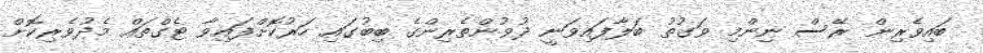
ބައިވެރިން ރޭސް ނިންމި ވަގުތު ބަލާފައިވަނީ ދުވުންތެރިންގެ ބިބުގައި ހަރުކޮށްފައިވާ ޓެގްތައް މެދުވެރިކޮށް